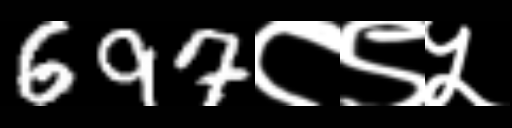
Text: 697८९५